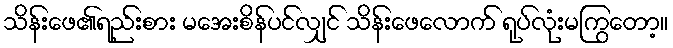
သိန်းဖေ၏ရည်းစား မအေးစိန်ပင်လျှင် သိန်းဖေလောက် ရုပ်လုံးမကြွတော့။